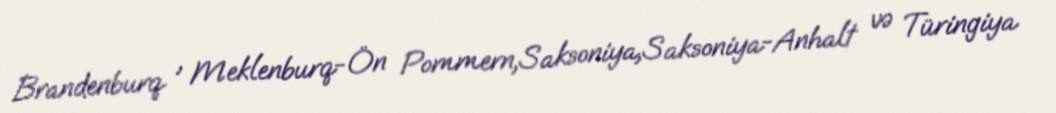
Brandenburq , Meklenburq-Ön Pommern,Saksoniya,Saksoniya-Anhalt və Türingiya